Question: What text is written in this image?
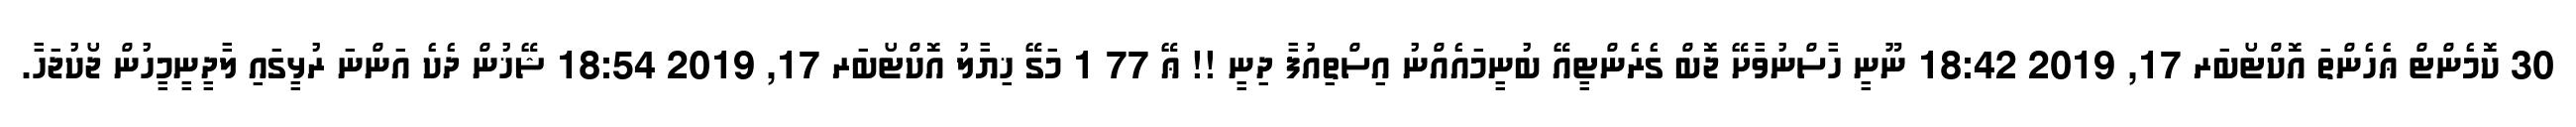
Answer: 30 ކޮމެންޓް ޢެހެންތަ އޮކްޓޯބަރ 17, 2019 18:42 ނޫނީ ހާސްނުވާށޭ ޖޮބް ގެރެންޓީއޭ ބުނީމައެއްނު އިސްތިއުފާ ދިނީ !! ޢޭ 77 1 މަގޭ ޚިޔާލު އޮކްޓޯބަރ 17, 2019 18:54 ޝޭޚުން ދެކެ އަންނަ ރުޅީގައި ލާދީނީމީހުން ޖޯކުޖަހާ.